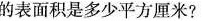
的表面积是多少平方厘米?